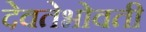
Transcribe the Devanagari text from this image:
देवतेभोवती